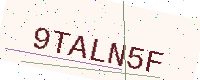
Text: 9TALN5F